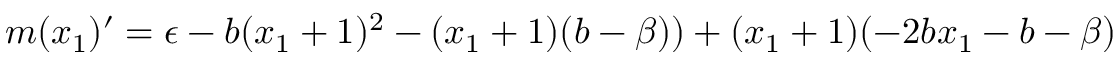
m ( x _ { 1 } ) ^ { \prime } = \epsilon - b ( x _ { 1 } + 1 ) ^ { 2 } - ( x _ { 1 } + 1 ) ( b - \beta ) ) + ( x _ { 1 } + 1 ) ( - 2 b x _ { 1 } - b - \beta )